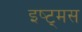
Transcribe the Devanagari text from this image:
इष्ट्मस